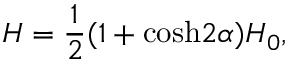
H = { \frac { 1 } { 2 } } ( 1 + \mathrm { c o s h } 2 \alpha ) H _ { 0 } ,